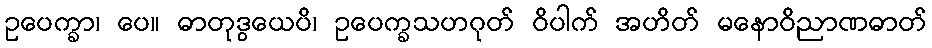
ဥပေက္ခာ၊ ပေ။ ဓာတုဒွယေပိ၊ ဥပေက္ခသဟဂုတ် ဝိပါက် အဟိတ် မနောဝိညာဏဓာတ်